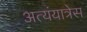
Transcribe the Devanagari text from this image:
अत्यंयात्रेस